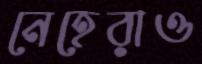
নেহেরাও